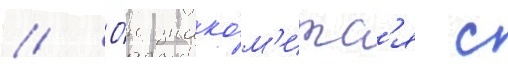
// О́н знако́м'итс'я с